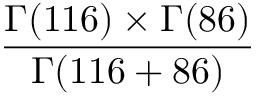
\frac { \Gamma ( 1 1 6 ) \times \Gamma ( 8 6 ) } { \Gamma ( 1 1 6 + 8 6 ) }